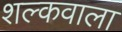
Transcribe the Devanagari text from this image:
शल्कवाला